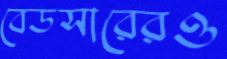
বেডসারেরও